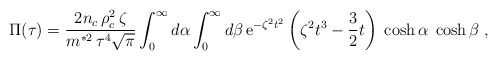
\begin{align*}\Pi (\tau )= \frac{2n_{c}\,\rho _{c}^{2}\,\zeta}{m^{*2}\,\tau ^{4}\sqrt{\pi}} \int_{0}^{\infty}d\alpha\int_{0}^{\infty}d\beta \, {\rm e}^{-\zeta ^{2}{t^2}} \left( \zeta ^{2}t^{3}-\frac{3}{2}t \right)\; \cosh\alpha\;\cosh\beta \; ,\end{align*}